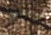
ونفس